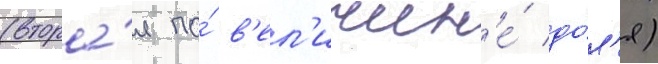
(втора́я по́ в'ел'ичин'е́ до́л'я)